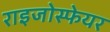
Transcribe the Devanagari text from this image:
राइजोस्फेयर